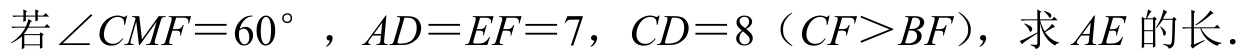
若$\angle CMF = 60^{\circ}$，$AD = EF = 7$，$CD = 8$（$CF>BF$），求$AE$的长.